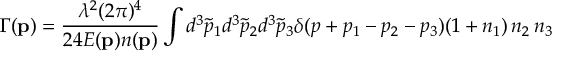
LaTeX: \Gamma ( { \bf p } ) = \frac { \lambda ^ { 2 } ( 2 \pi ) ^ { 4 } } { 2 4 E ( { \bf p } ) n ( { \bf p } ) } \int d ^ { 3 } { \tilde { p } } _ { 1 } d ^ { 3 } { \tilde { p } } _ { 2 } d ^ { 3 } { \tilde { p } } _ { 3 } \delta ( p + p _ { 1 } - p _ { 2 } - p _ { 3 } ) ( 1 + n _ { 1 } ) \, n _ { 2 } \, n _ { 3 }